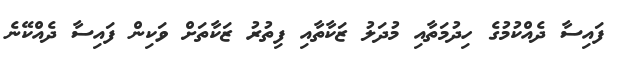
ފައިސާ ދެއްކުމުގެ ހިދުމަތާއި މުދަލު ޒަކާތާއި ފިތުރު ޒަކާތަށް ވަކިން ފައިސާ ދެއްކޭނެ